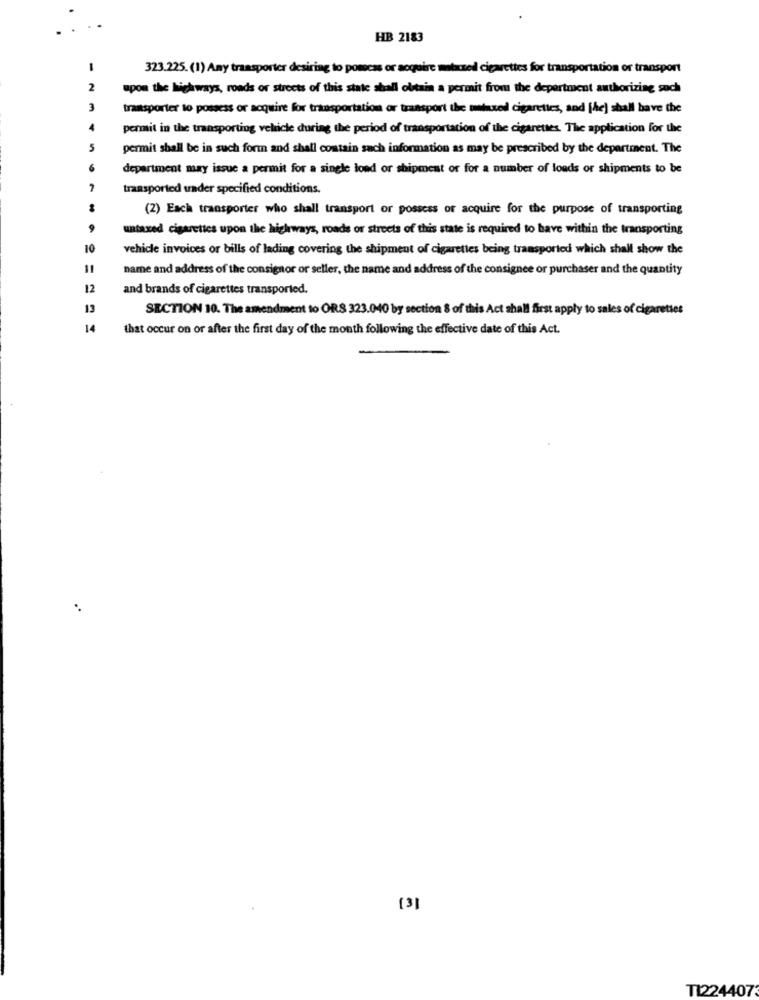
HB 2183
323.225. (1) Any transporter desiring to pomocas or acquire metazed cigarettes for transportation or transport
2
upon the highways, roads or streets of this state shall obtain a permit from the department authorizing such
3
transporter to possess or acquire for transportation or transport the united cigarettes, and [he) shall have the
permit in the transporting vehicle during the period of transportation of the cigarettes. The application for the
5
permit shall be in such form and shall contain such information as may be prescribed by the department. The
department may issue a permit for a single lond or shipment or for a number of loads or shipments to be
transported under specified conditions.
(2) Each transporter who shall transport or possess of acquire for the purpose of transporting
untaxed cigarettes upon the highways, roads or streets of this state is required to have within the transporting
10
vehicle invoices or bills of lading covering the shipment of cigarettes being transported which shall show the
11
name and address of the consignor or seller, the name and address of the consignee or purchaser and the quantity
12
and brands of cigarettes transported.
13
SECTION 10. The amendment to ORS 323.040 by section 8 of this Act shall first apply to sales of cigarettes
14
that occur on or after the first day of the month following the effective date of this Act.
[3]
T1224407